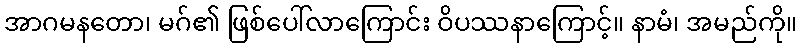
အာဂမနတော၊ မဂ်၏ ဖြစ်ပေါ်လာကြောင်း ဝိပဿနာကြောင့်။ နာမံ၊ အမည်ကို။